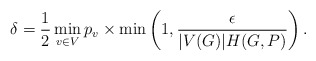
\begin{align*}\delta = \frac{1}{2} \min_{v\in V} p_v \times\min \left(1,\frac{\epsilon}{|V(G)|H(G,P)}\right).\end{align*}